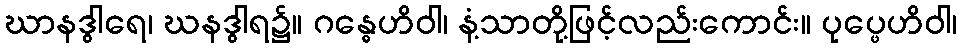
ဃာနဒွါရေ၊ ဃနဒွါရ၌။ ဂန္ဓေဟိဝါ၊ နံ့သာတို့ဖြင့်လည်းကောင်း။ ပုပ္ဖေဟိဝါ၊